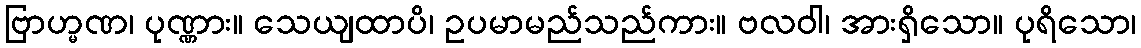
ဗြာဟ္မဏ၊ ပုဏ္ဏား။ သေယျထာပိ၊ ဥပမာမည်သည်ကား။ ဗလဝါ၊ အားရှိသော။ ပုရိသော၊